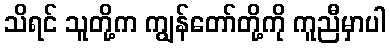
သိရင် သူတို့က ကျွန်တော်တို့ကို ကူညီမှာပါ